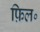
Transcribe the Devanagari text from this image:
फ़िल॰